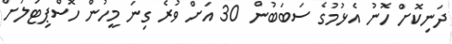
ދަނިކޮށް ހޮނު އެޅުމުގެ ސަބަބުން 30 އަށް ވުރެ ގިނަ މީހުން ހޮސްޕިޓަލަށް